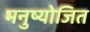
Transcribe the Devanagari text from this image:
मनुष्योजित